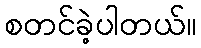
စတင်ခဲ့ပါတယ်။